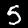
Digit: 5